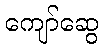
ကျော်ဆွေ